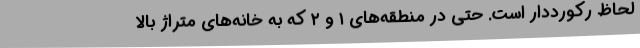
لحاظ رکورددار است. حتی در منطقه‌های ۱ و ۲ که به خانه‌های متراژ بالا